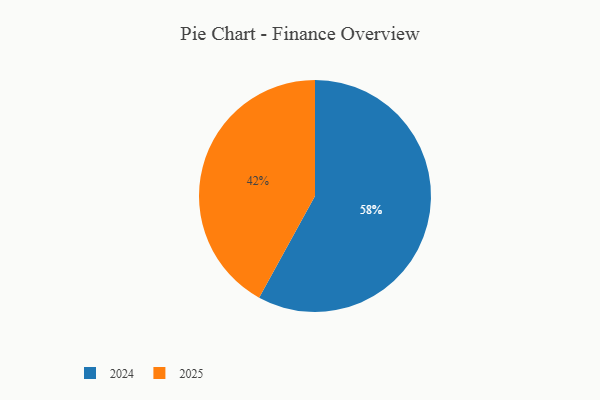
{"axis": {"x": "Category", "y": "Percentage"}, "legend": ["2024", "2025"], "data": [{"x": "2024", "y": 58, "type": "2024"}, {"x": "2025", "y": 42, "type": "2025"}]}